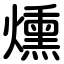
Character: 燻